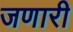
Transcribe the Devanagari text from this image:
जणारी